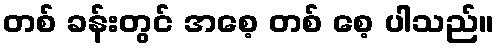
တစ် ခန်းတွင် အစေ့ တစ် စေ့ ပါသည်။